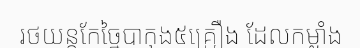
រថយន្តកែច្នៃបាកុង៥គ្រឿង ដែលកម្លាំង